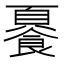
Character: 𲋛